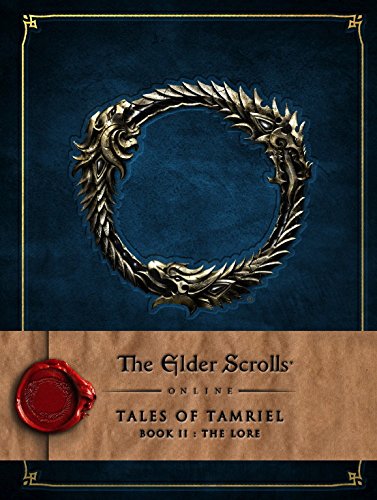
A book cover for The Elder Scrolls Online: Tales of Tamriel - Vol. II: The Lore; Bethesda Softworks; Science Fiction & Fantasy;